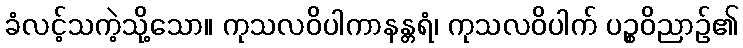
ခံလင့်သကဲ့သို့သော။ ကုသလဝိပါကာနန္တရံ၊ ကုသလဝိပါက် ပဉ္စဝိညာဉ်၏